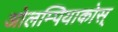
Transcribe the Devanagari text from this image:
ओलम्पियाकोस्